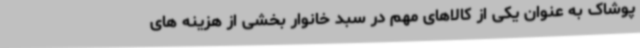
پوشاک به عنوان یکی از کالاهای مهم در سبد خانوار بخشی از هزینه های